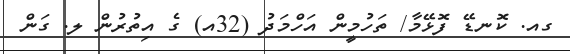
ގއ. ކޮނޑޭ ފޮޅޭމާ/ ތަހުމީން އަހްމަދު (32އ) ގެ އިތުރުން ލ. ގަން